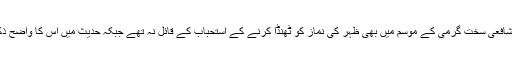
| امام شافعیؒ سخت گرمی کے موسم میں بھی ظہر کی نماز کو ٹھنڈا کرنے کے استحباب کے قائل نہ تھے جبکہ حدیث میں اس کا واضح ذکرہے۔